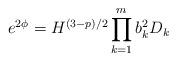
LaTeX: \begin{align*}e^{2\phi} = H^{(3-p)/2} \prod_{k=1}^{m} b_k^2 D_k\end{align*}